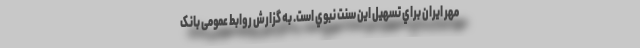
مهر ایران براي تسهيل اين سنت نبوي است. به گزارش روابط عمومی بانک